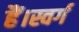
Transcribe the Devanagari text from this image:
हैं।स्वर्ग